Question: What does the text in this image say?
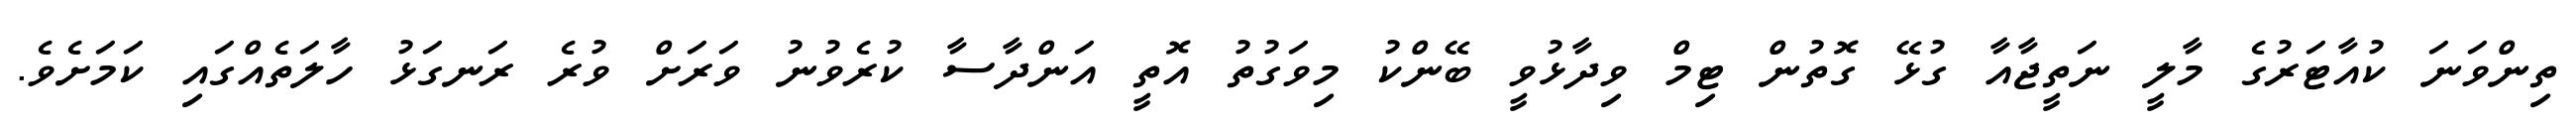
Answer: ތިންވަނަ ކުއާޓަރުގެ މާލީ ނަތީޖާއާ ގުޅޭ ގޮތުން ޓިމް ވިދާޅުވީ ބޭންކު މިވަގުތު އޮތީ އަންދާސާ ކުރެވުނު ވަރަށް ވުރެ ރަނގަޅު ހާލަތެއްގައި ކަމަށެވެ.